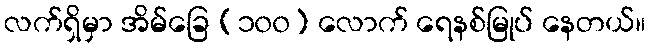
လက်ရှိမှာ အိမ်ခြေ (၁၀၀) လောက် ရေနစ်မြုပ် နေတယ်။